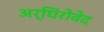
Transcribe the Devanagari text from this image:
अर्घिंरोवेद